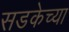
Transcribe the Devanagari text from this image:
सडकेच्या